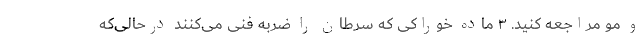
و مو مراجعه کنید. ۳ ماده خوراکی که سرطان را ضربه فنی می‌کنند درحالی‌که